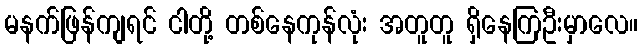
မနက်ဖြန်ကျရင် ငါတို့ တစ်နေကုန်လုံး အတူတူ ရှိနေကြဦးမှာလေ။